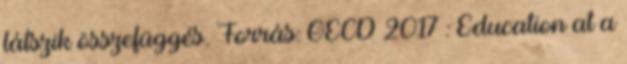
látszik összefüggés. Forrás: OECD 2017 : Education at a